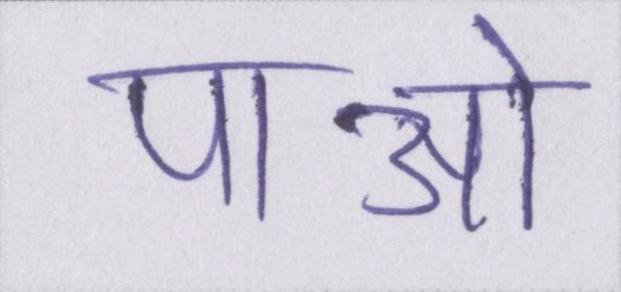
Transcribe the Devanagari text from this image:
पाओ